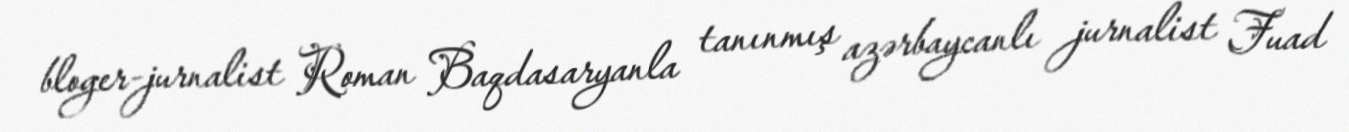
bloger-jurnalist Roman Baqdasaryanla tanınmış azərbaycanlı jurnalist Fuad